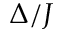
\Delta / J